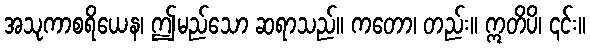
အသုကာစရိယေန၊ ဤမည်သော ဆရာသည်။ ကတော၊ တည်း။ ဣတိပိ၊ ၎င်း။